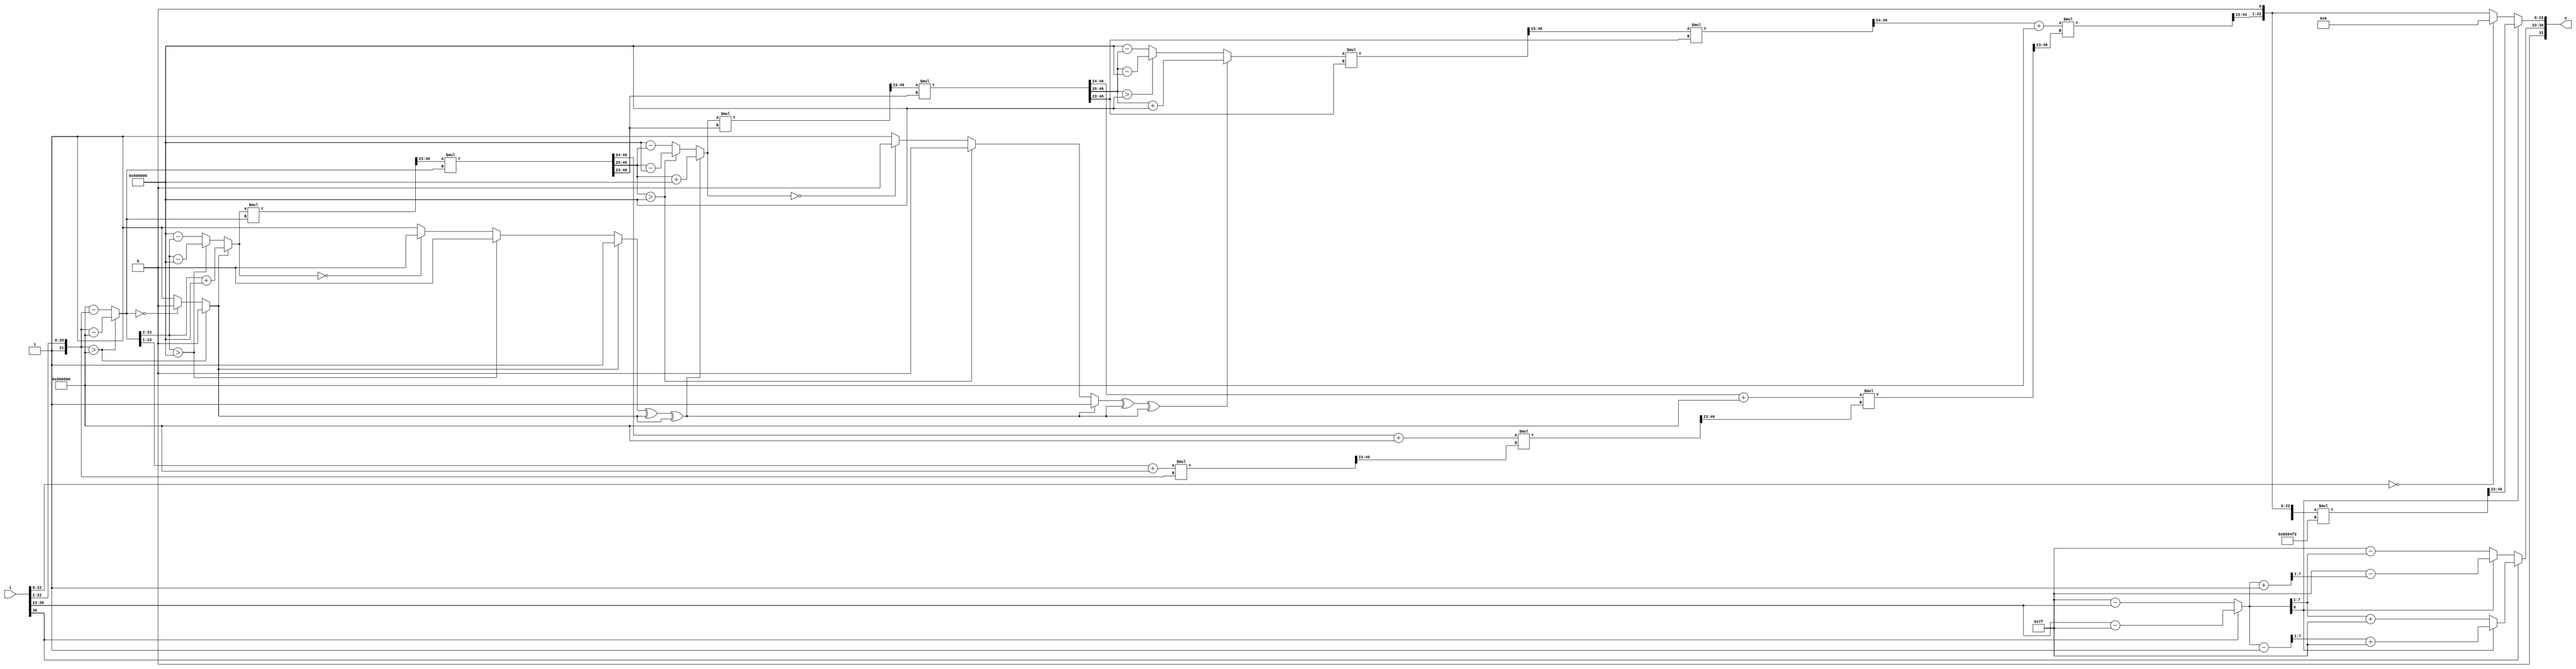
`timescale 1ns / 1ps
//////////////////////////////////////////////////////////////////////////////////
// Company: 
// Engineer: 
// 
// Design Name: 
// Module Name:    IEEE_SqRoot 
// Project Name: 
// Target Devices: 
// Tool versions: 
// Description: 
//
// Dependencies: 
//
// Revision: 
// Revision 0.01 - File Created
// Additional Comments: 
//
//	Copyright (C) 2017  Srijit Dutta
//	This program is free software: you can redistribute it and/or modify
//	it under the terms of the GNU General Public License as published by
//	the Free Software Foundation, either version 3 of the License, or
//	(at your option) any later version.
//	This program is distributed in the hope that it will be useful,
//	but WITHOUT ANY WARRANTY; without even the implied warranty of
//	MERCHANTABILITY or FITNESS FOR A PARTICULAR PURPOSE.
//
////////////////////////////////////////////////asign //////////////////////////////////
module top_module(i,o);
	input [31:0] i;
	output [31:0] o;
	
	wire signed [7:0] mant; 
	wire signed [22:0] frac;
	
	assign mant = i[30:23];
	assign frac = i[22:0];
	
	wire signed [7:0] new_mant = mant[7] == 1?
		mant - 8'b01111111 : 8'b01111111 - mant;
	
	wire signed [24:0] sqrt2 = 25'b0101101010000010011110011;
	wire signed [7:0] fin_man1 = new_mant[0] == 0 ?
		(new_mant>>1) +  8'b01111111 : 
		((new_mant - 8'b00000001)>>1) +  8'b01111111;
		
		
	wire signed [7:0] fin_man2 = new_mant[0] == 0 ?
		8'b01111111 - (new_mant>>1) :
		8'b01111111 - ((new_mant + 8'b00000001)>>1);
		
	wire signed [7:0] fin_mant = mant[7] == 1?
							fin_man1 : fin_man2;
	
	wire signed [24:0] val = {2'b01,frac};
	
	//////  preparatory   ///////
	wire signed [24:0] a0;
	wire signed [24:0] c0;
	wire signed [24:0] a1;
	wire signed [24:0] c1;
	wire signed [24:0] a2;
	wire signed [24:0] c2;
	wire signed [24:0] a3;
	wire signed [24:0] c3;
	wire signed [24:0] a4;
	wire signed [24:0] c4;
	
	assign a0 = val >> 2;

	wire signed [24:0] one;
	wire signed [24:0] thr_fourth;
	wire signed [24:0] mone;
	assign mone = 25'b1100000000000000000000000; //-1
	assign one = 25'b0100000000000000000000000; //1
	assign thr_fourth = 25'b1011000000000000000000000; //-3/4
	
	
	assign c0[23:0] = (a0[24] == mone[24]) ? a0[23:0] + mone[23:0] : 
		(a0[23:0] > mone[23:0]) ? (a0[23:0]-mone[23:0]) : (mone[23:0] - a0[23:0]);

	assign c0[24] = (a0[24] == mone[24]) ? a0[24] :
		(a0[24] == 0 && mone[24] == 1) ? (( a0[23:0] > mone[23:0] ) ? 0 : ( (c0[23:0] == 0) ? 0 : 1)) :
		(( a0[23:0] > mone[23:0] ) ? (c0[23:0] == 0 ? 0 : 1) : 0);


	//////  block 1  ////////
	//input a0 and c0 get o/p in a1,c1

	wire signed [24:0] inter11;
	wire signed [24:0] inter12;
	wire signed [24:0] inter13;

	wire signed [23:0] tmp1 = c0[23:0];
	wire signed [24:0] b1 = {1'b0,tmp1>>1};

	assign inter11[23:0] = (b1[24] == one[24]) ? b1[23:0] + one[23:0] : 
		(b1[23:0] > one[23:0]) ? (b1[23:0]-one[23:0]) : (one[23:0] - b1[23:0]);

	assign inter11[24] = (b1[24] == one[24]) ? b1[24] :
		(b1[24] == 0 && one[24] == 1) ? (( b1[23:0] > one[23:0] ) ? 0 : ( (inter11[23:0] == 0) ? 0 : 1)) :
		(( b1[23:0] > one[23:0] ) ? (inter11[23:0] == 0 ? 0 : 1) : 0);

	wire signed [24:0] t1 = {c0[24],tmp1>>2};

	assign inter12[23:0] = (t1[24] == thr_fourth[24]) ? t1[23:0] + thr_fourth[23:0] : 
		(t1[23:0] > thr_fourth[23:0]) ? (t1[23:0]-thr_fourth[23:0]) : (thr_fourth[23:0] - t1[23:0]);

	assign inter12[24] = (t1[24] == thr_fourth[24]) ? t1[24] :
		(t1[24] == 0 && thr_fourth[24] == 1) ? (( t1[23:0] > thr_fourth[23:0] ) ? 0 : ( (inter12[23:0] == 0) ? 0 : 1)) :
		(( t1[23:0] > thr_fourth[23:0] ) ? (inter12[23:0] == 0 ? 0 : 1) : 0);

	wire signed [49:0] r_result11;
	wire signed [49:0] r_result12;
	wire signed [49:0] r_result13;

	assign r_result11 = inter11[23:0] * a0[23:0];
	assign a1[24] = inter11[24] ^ a0[24];
	assign a1[23:0] = r_result11[46:23];

	assign r_result12 = inter12[23:0] * c0[23:0];
	assign inter13[24] = inter12[24] ^ c0[24];
	assign inter13[23:0] = r_result12[46:23];

	assign r_result13 = inter13[23:0] * c0[23:0];
	assign c1[24] = inter13[24] ^ c0[24];
	assign c1[23:0] = r_result13[46:23];

	////////////////////////




	//////  block 2  ////////
	//input a1 and c1 get o/p in a2,c2

	wire signed [24:0] inter21;
	wire signed [24:0] inter22;
	wire signed [24:0] inter23;

	wire signed [23:0] tmp2 = c1[23:0];
	wire signed [24:0] b2 = {1'b0,tmp2>>1};

	assign inter21[23:0] = (b2[24] == one[24]) ? b2[23:0] + one[23:0] : 
		(b2[23:0] > one[23:0]) ? (b2[23:0]-one[23:0]) : (one[23:0] - b2[23:0]);

	assign inter21[24] = (b2[24] == one[24]) ? b2[24] :
		(b2[24] == 0 && one[24] == 1) ? (( b2[23:0] > one[23:0] ) ? 0 : ( (inter21[23:0] == 0) ? 0 : 1)) :
		(( b2[23:0] > one[23:0] ) ? (inter21[23:0] == 0 ? 0 : 1) : 0);

	wire signed [24:0] t2 = {c1[24],tmp2>>2};

	assign inter22[23:0] = (t2[24] == thr_fourth[24]) ? t2[23:0] + thr_fourth[23:0] : 
		(t2[23:0] > thr_fourth[23:0]) ? (t2[23:0]-thr_fourth[23:0]) : (thr_fourth[23:0] - t2[23:0]);

	assign inter22[24] = (t2[24] == thr_fourth[24]) ? t2[24] :
		(t2[24] == 0 && thr_fourth[24] == 1) ? (( t2[23:0] > thr_fourth[23:0] ) ? 0 : ( (inter22[23:0] == 0) ? 0 : 1)) :
		(( t2[23:0] > thr_fourth[23:0] ) ? (inter22[23:0] == 0 ? 0 : 1) : 0);

	wire signed [49:0] r_result21;
	wire signed [49:0] r_result22;
	wire signed [49:0] r_result23;

	assign r_result21 = inter21[23:0] * a1[23:0];
	assign a2[24] = inter21[24] ^ a1[24];
	assign a2[23:0] = r_result21[46:23];

	assign r_result22 = inter22[23:0] * c1[23:0];
	assign inter23[24] = inter22[24] ^ c1[24];
	assign inter23[23:0] = r_result22[46:23];

	assign r_result23 = inter23[23:0] * c1[23:0];
	assign c2[24] = inter23[24] ^ c1[24];
	assign c2[23:0] = r_result23[46:23];

	////////////////////////




	//////  block 3  ////////
	//input a2 and c2 get o/p in a3,c3

	wire signed [24:0] inter31;
	wire signed [24:0] inter32;
	wire signed [24:0] inter33;

	wire signed [23:0] tmp3 = c2[23:0];
	wire signed [24:0] b3 = {1'b0,tmp3>>1};

	assign inter31[23:0] = (b3[24] == one[24]) ? b3[23:0] + one[23:0] : 
		(b3[23:0] > one[23:0]) ? (b3[23:0]-one[23:0]) : (one[23:0] - b3[23:0]);

	assign inter31[24] = (b3[24] == one[24]) ? b3[24] :
		(b3[24] == 0 && one[24] == 1) ? (( b3[23:0] > one[23:0] ) ? 0 : ( (inter31[23:0] == 0) ? 0 : 1)) :
		(( b3[23:0] > one[23:0] ) ? (inter31[23:0] == 0 ? 0 : 1) : 0);

	wire signed [24:0] t3 = {c2[24],tmp3>>2};

	assign inter32[23:0] = (t3[24] == thr_fourth[24]) ? t3[23:0] + thr_fourth[23:0] : 
		(t3[23:0] > thr_fourth[23:0]) ? (t3[23:0]-thr_fourth[23:0]) : (thr_fourth[23:0] - t3[23:0]);

	assign inter32[24] = (t3[24] == thr_fourth[24]) ? t3[24] :
		(t3[24] == 0 && thr_fourth[24] == 1) ? (( t3[23:0] > thr_fourth[23:0] ) ? 0 : ( (inter32[23:0] == 0) ? 0 : 1)) :
		(( t3[23:0] > thr_fourth[23:0] ) ? (inter32[23:0] == 0 ? 0 : 1) : 0);

	wire signed [49:0] r_result31;
	wire signed [49:0] r_result32;
	wire signed [49:0] r_result33;

	assign r_result31 = inter31[23:0] * a2[23:0];
	assign a3[24] = inter31[24] ^ a2[24];
	assign a3[23:0] = r_result31[46:23];

	assign r_result32 = inter32[23:0] * c2[23:0];
	assign inter33[24] = inter32[24] ^ c2[24];
	assign inter33[23:0] = r_result32[46:23];

	assign r_result33 = inter33[23:0] * c2[23:0];
	assign c3[24] = inter33[24] ^ c2[24];
	assign c3[23:0] = r_result33[46:23];

	////////////////////////




	//////  block 4  ////////
	//input a3 and c3 get o/p in a4,c4

	wire signed [24:0] inter41;
	wire signed [24:0] inter42;
	wire signed [24:0] inter43;

	wire signed [23:0] tmp4 = c3[23:0];
	wire signed [24:0] b4 = {1'b0,tmp4>>1};

	assign inter41[23:0] = (b4[24] == one[24]) ? b4[23:0] + one[23:0] : 
		(b4[23:0] > one[23:0]) ? (b4[23:0]-one[23:0]) : (one[23:0] - b4[23:0]);

	assign inter41[24] = (b4[24] == one[24]) ? b4[24] :
		(b4[24] == 0 && one[24] == 1) ? (( b4[23:0] > one[23:0] ) ? 0 : ( (inter41[23:0] == 0) ? 0 : 1)) :
		(( b4[23:0] > one[23:0] ) ? (inter41[23:0] == 0 ? 0 : 1) : 0);

	wire signed [24:0] t4 = {c3[24],tmp4>>2};

	assign inter42[23:0] = (t4[24] == thr_fourth[24]) ? t4[23:0] + thr_fourth[23:0] : 
		(t4[23:0] > thr_fourth[23:0]) ? (t4[23:0]-thr_fourth[23:0]) : (thr_fourth[23:0] - t4[23:0]);

	assign inter42[24] = (t4[24] == thr_fourth[24]) ? t4[24] :
		(t4[24] == 0 && thr_fourth[24] == 1) ? (( t4[23:0] > thr_fourth[23:0] ) ? 0 : ( (inter42[23:0] == 0) ? 0 : 1)) :
		(( t4[23:0] > thr_fourth[23:0] ) ? (inter42[23:0] == 0 ? 0 : 1) : 0);

	wire signed [49:0] r_result41;
	wire signed [49:0] r_result42;
	wire signed [49:0] r_result43;

	assign r_result41 = inter41[23:0] * a3[23:0];
	assign a4[24] = inter41[24] ^ a3[24];
	assign a4[23:0] = r_result41[46:23];

	assign r_result42 = inter42[23:0] * c3[23:0];
	assign inter43[24] = inter42[24] ^ c2[24];
	assign inter43[23:0] = r_result42[46:23];

	assign r_result43 = inter43[23:0] * c3[23:0];
	assign c4[24] = inter43[24] ^ c3[24];
	assign c4[23:0] = r_result43[46:23];

	////////////////////////


	wire signed [23:0] tt;
	assign tt = a4[23:0];
	wire signed [24:0] sqrt_val= {1'b0, tt<<1};

	wire signed [24:0] fsqrt_val = frac == 0 ?
							25'b0000000000000000000000000:
							sqrt_val;
							
	wire signed [49:0] r_pdt;
	wire signed [24:0] pdt;
	assign r_pdt = sqrt_val[23:0] * sqrt2[23:0];
	assign pdt[24] = sqrt_val[24] ^ sqrt2[24];
	assign pdt[23:0] = r_pdt[46:23];
	
	assign o = new_mant[0] == 0 ?
		{1'b0,fin_mant,fsqrt_val[22:0]}:
		{1'b0,fin_mant,pdt[22:0]};


endmodule